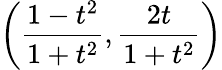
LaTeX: \left({\frac{1-t^{2}}{1+t^{2}}},{\frac{2t}{1+t^{2}}}\right)